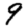
Digit: 9